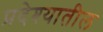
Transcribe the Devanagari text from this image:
प्रदेश्यातील